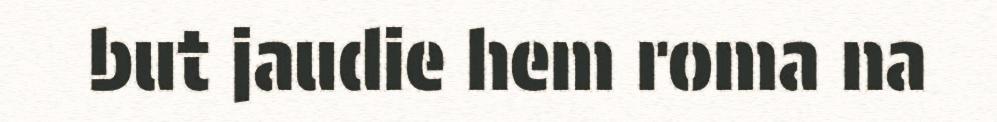
but jaudie hem roma na